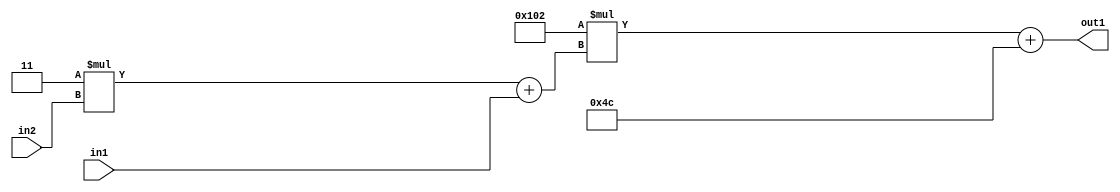
`timescale 1ps / 1ps
/*****************************************************************************
    Verilog RTL Description
    
    
    Created by: Stratus DpOpt 2019.1.01 
*******************************************************************************/

module DC_Filter_Add2i76Mul2i258Add2u1Mul2i3u2_4 (
	in2,
	in1,
	out1
	); /* architecture "behavioural" */ 
input [1:0] in2;
input  in1;
output [11:0] out1;
wire [11:0] asc001;
wire [3:0] asc002;

wire [3:0] asc002_tmp_0;
assign asc002_tmp_0 = 
	+(4'B0011 * in2);
assign asc002 = asc002_tmp_0
	+(in1);

wire [11:0] asc001_tmp_1;
assign asc001_tmp_1 = 
	+(12'B000100000010 * asc002);
assign asc001 = asc001_tmp_1
	+(12'B000001001100);

assign out1 = asc001;
endmodule

/* CADENCE  v7b3SAw= : u9/ySgnWtBlWxVPRXgAZ4Og= ** DO NOT EDIT THIS LINE ******/